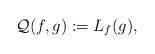
LaTeX: \begin{align*}\mathcal{Q} (f,g): = L_f(g),\end{align*}